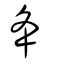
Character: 夅